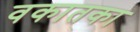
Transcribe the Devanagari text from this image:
वकातका